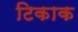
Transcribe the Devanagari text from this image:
टिकाक